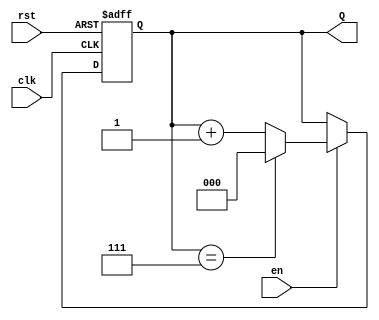
module binary_up_counter (
    input wire clk,       // Clock signal
    input wire rst,       // Asynchronous reset signal
    input wire en,        // Enable signal
    output reg [2:0] Q    // 3-bit output for the counter (adjust size as needed)
);

    // Maximum value for a 3-bit counter is 7 (111 in binary)
    parameter MAX_COUNT = 3'b111;

    // Always block triggered on the rising edge of the clock or when reset is asserted
    always @(posedge clk or posedge rst) begin
        if (rst) begin
            Q <= 3'b000; // Reset the counter to 0
        end else if (en) begin
            if (Q == MAX_COUNT) begin
                Q <= 3'b000; // Wrap around to 0
            end else begin
                Q <= Q + 1; // Increment the counter
            end
        end
    end

endmodule